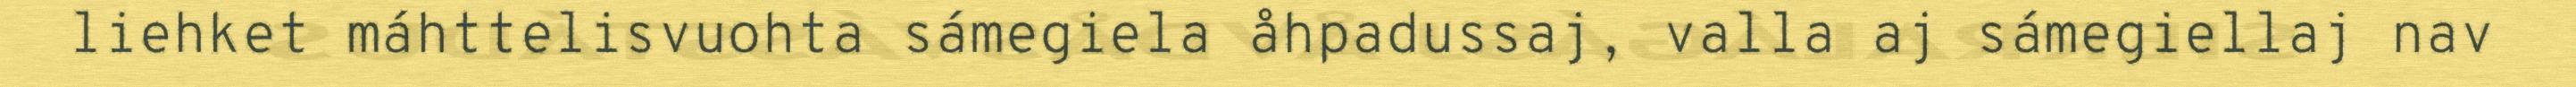
liehket máhttelisvuohta sámegiela åhpadussaj, valla aj sámegiellaj nav